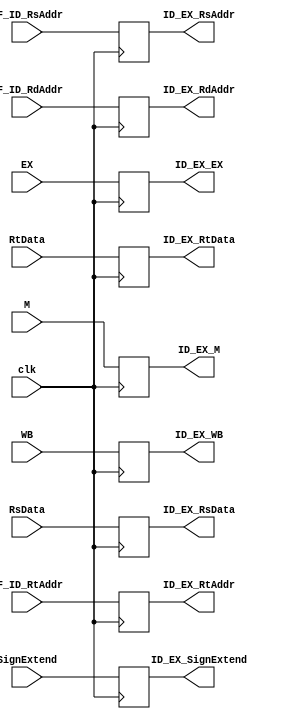
module ID_EX_Pipeline(
    //output
    output reg[31:0] ID_EX_RsData,
    output reg[31:0] ID_EX_RtData,
    output reg[4:0] ID_EX_RdAddr,
    output reg[4:0] ID_EX_RtAddr,
    output reg[4:0] ID_EX_RsAddr,
    output reg[31:0] ID_EX_SignExtend,
    output reg [1:0] ID_EX_M,
    output reg [3:0] ID_EX_EX,
    output reg [1:0]ID_EX_WB,
    //input
    input [31:0] RsData,
    input [31:0] RtData,
    input [4:0] IF_ID_RdAddr,
    input [4:0] IF_ID_RtAddr,
    input [4:0] IF_ID_RsAddr,
    input [31:0] SignExtend,
    input [1:0] M,
    input [3:0] EX,
    input [1:0] WB,
    input clk
);


always@(posedge clk)begin
    ID_EX_RsData <= RsData;
    ID_EX_RtData <= RtData;
    ID_EX_RdAddr <= IF_ID_RdAddr;
    ID_EX_RtAddr <= IF_ID_RtAddr;
    ID_EX_RsAddr <= IF_ID_RsAddr;
    ID_EX_SignExtend <= SignExtend;
    ID_EX_WB <= WB;
    ID_EX_M <= M;
    ID_EX_EX <= EX;
end
endmodule